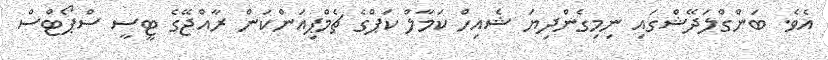
އެވެ. ބަންގްލަދޭޝްގައި ނިމިގެންދިޔަ ޝެއިހް ކަމާލް ކަޕްގެ ޗެމްޕިއަންކަން ރާއްޖޭގެ ޓީސީ ސްޕޯޓްސް